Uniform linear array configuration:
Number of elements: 32
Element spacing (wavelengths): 0.5
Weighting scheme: exponential
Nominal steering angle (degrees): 0
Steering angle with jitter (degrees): -1.969
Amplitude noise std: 0.05
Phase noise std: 0.05

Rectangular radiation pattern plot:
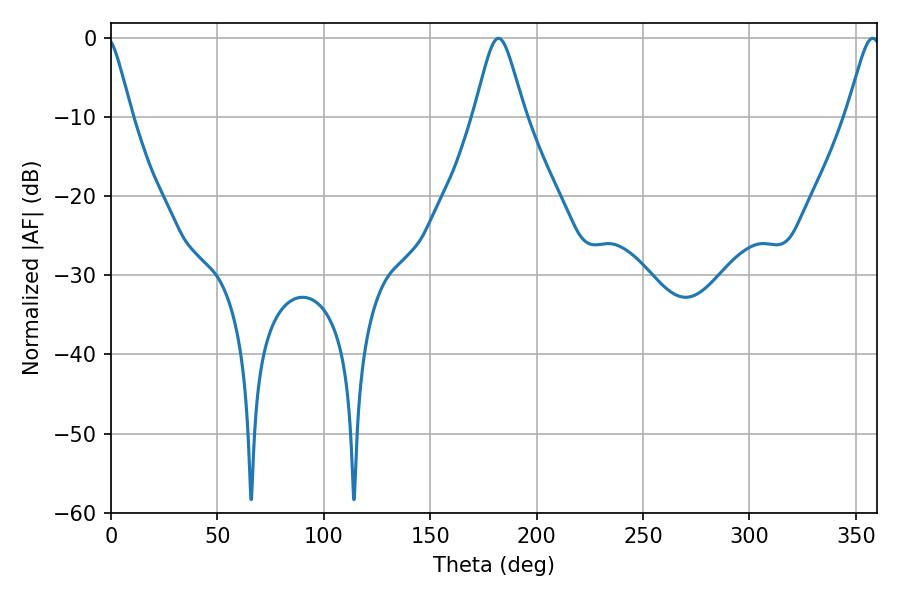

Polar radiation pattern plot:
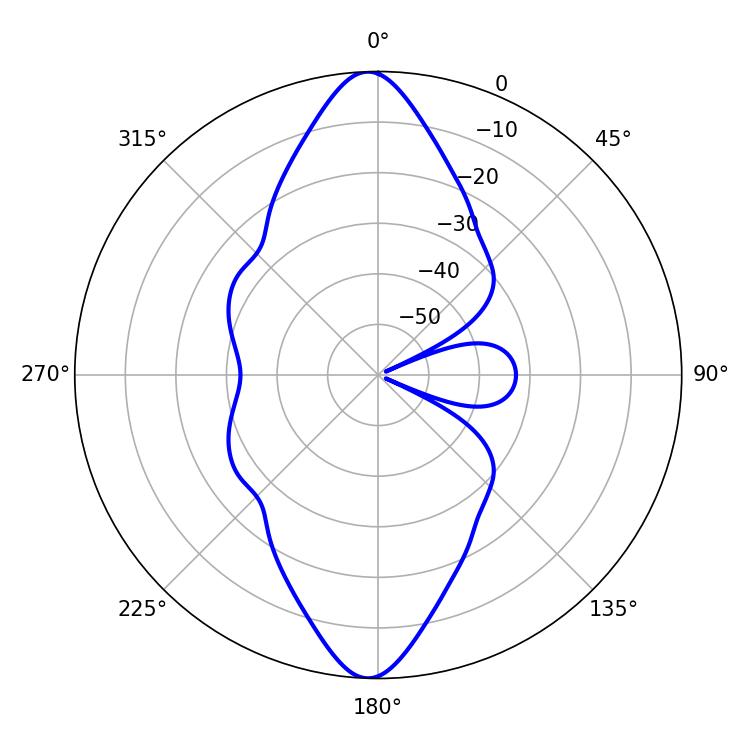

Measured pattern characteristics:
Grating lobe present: FALSE
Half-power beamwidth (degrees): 7.92
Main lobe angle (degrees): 357.84